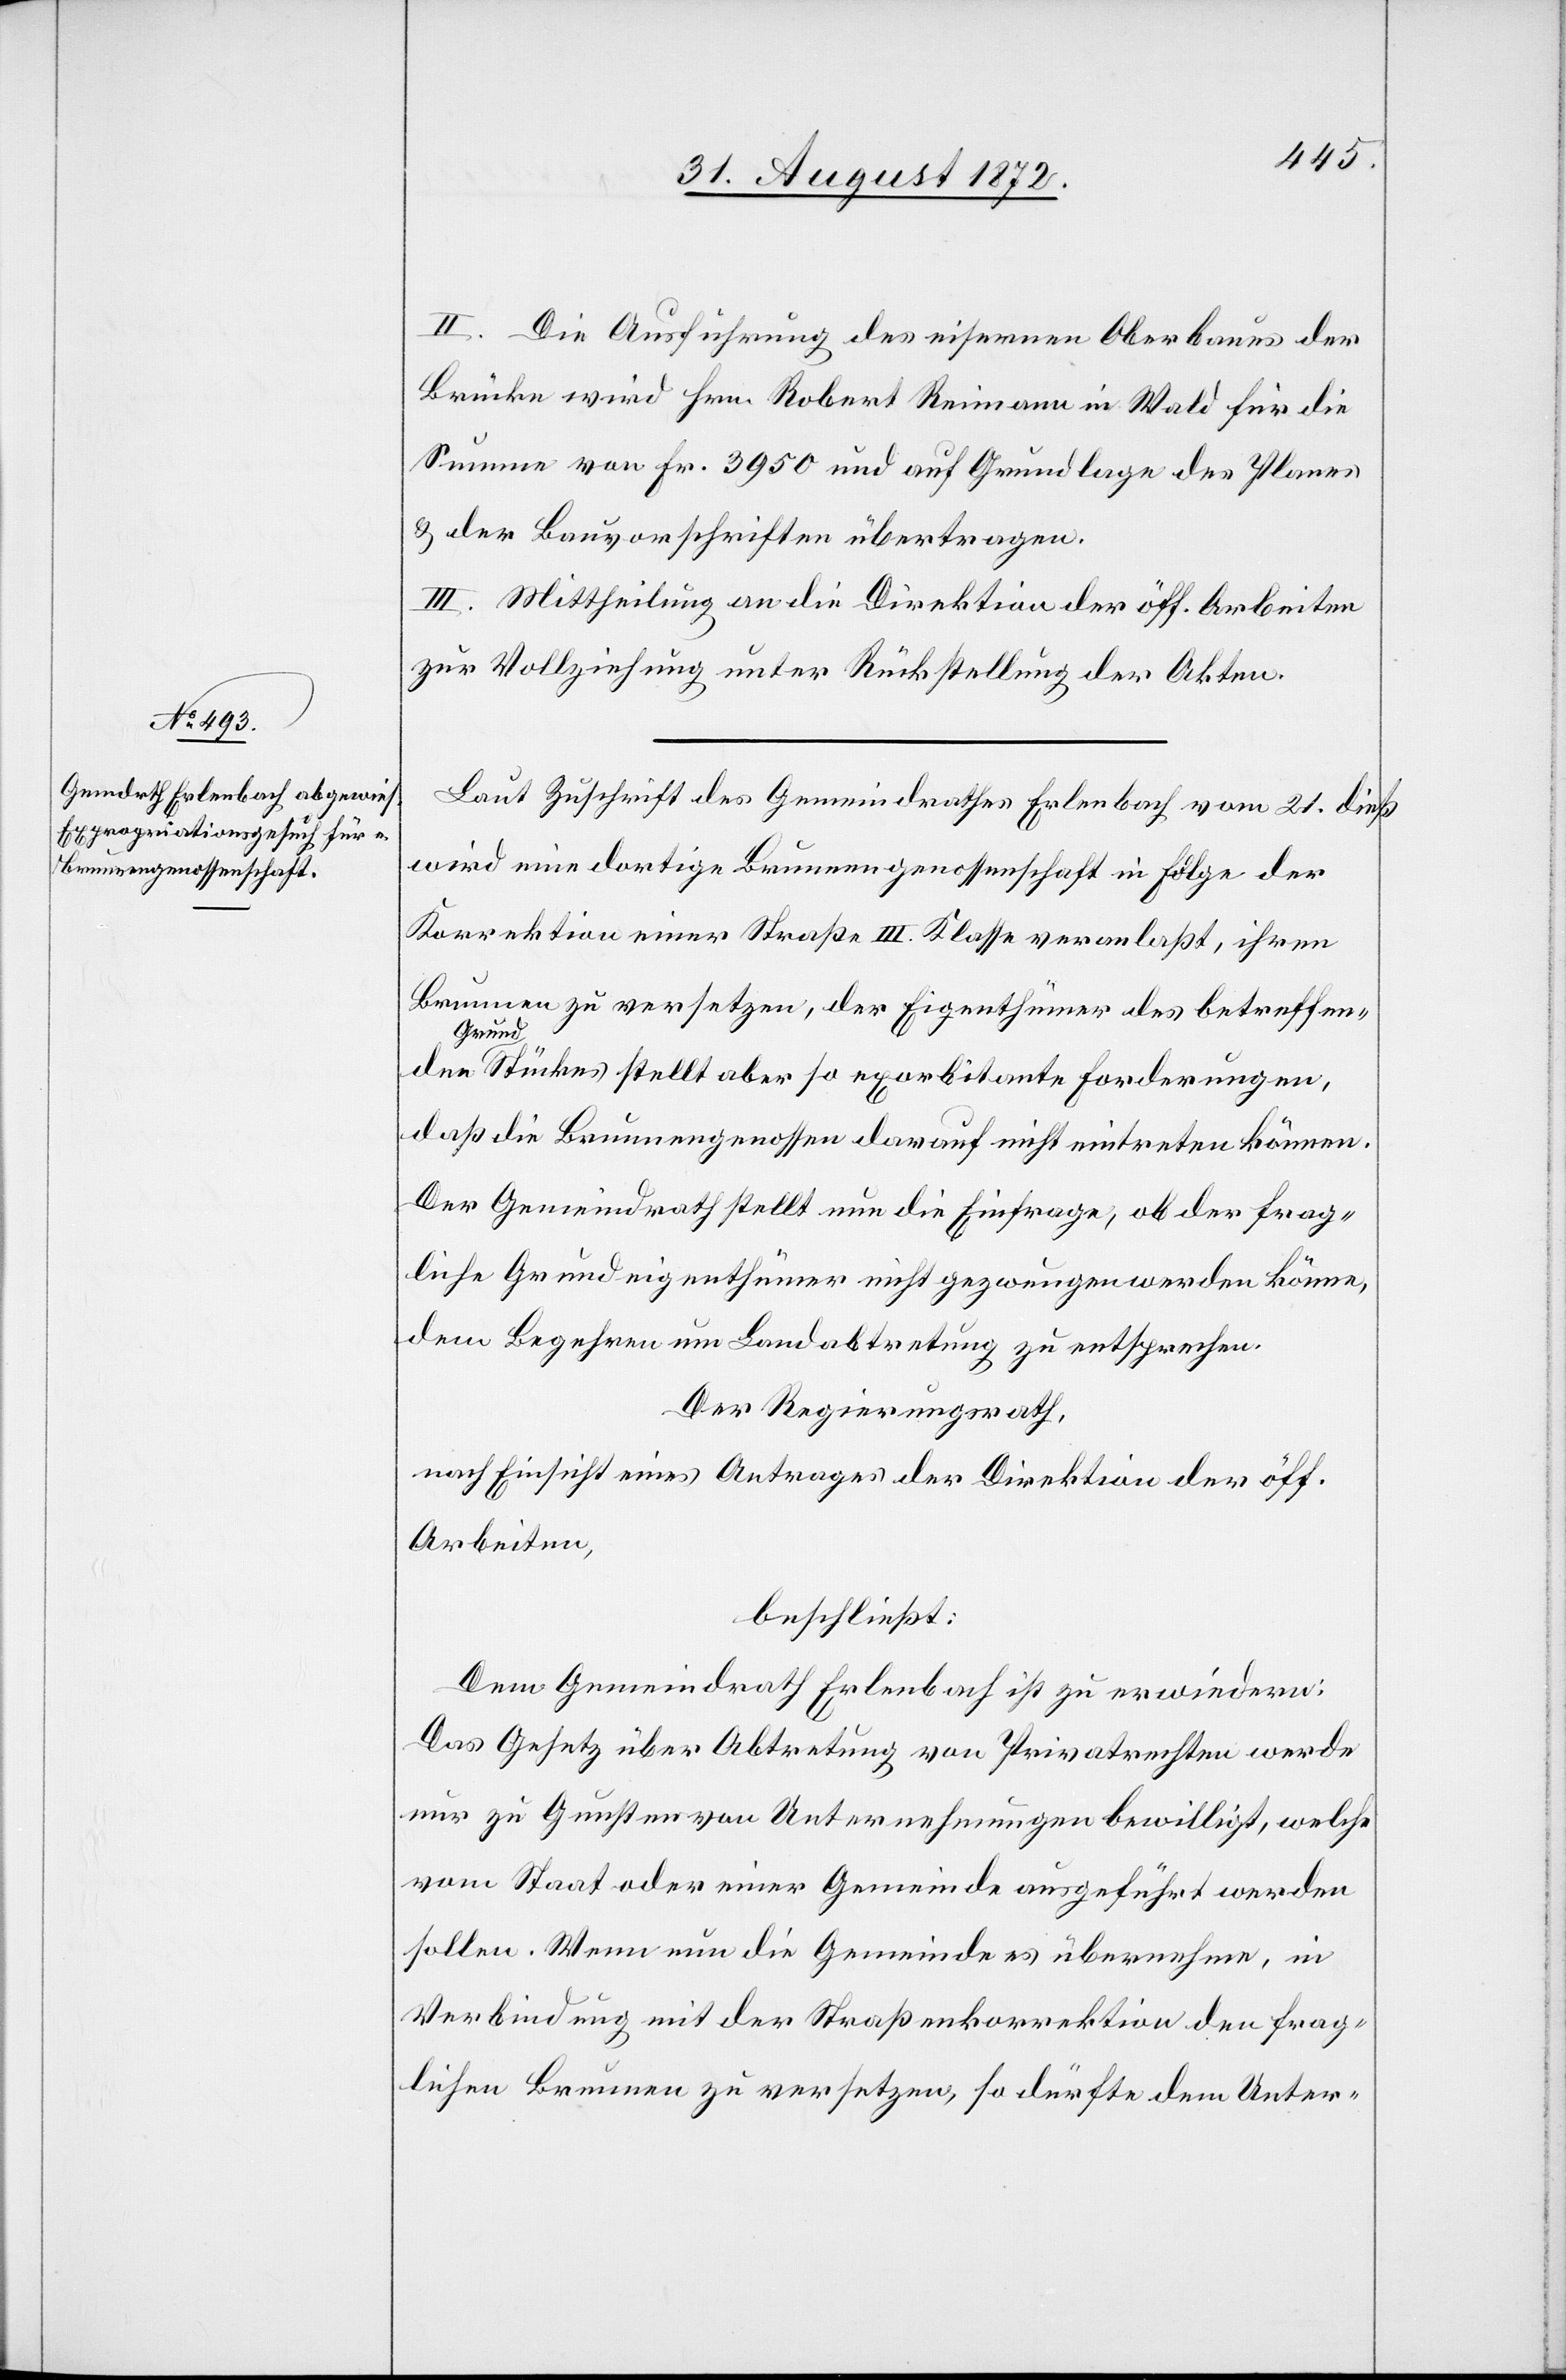
II. Die Ausführung des eisernen Oberbaues der
Brücke wird Hrn. Robert Reimann in Wald für die
Summe von Fr. 3950 und auf Grundlage des Planes
u. der Bauvorschriften übertragen.
III. Mittheilung an die Direktion der öff. Arbeiten
zur Vollziehung unter Rückstellung der Akten.
Laut Zuschrift des Gemeindrathes Erlenbach vom 21. dieß
wird eine dortige Brunnengenossenschaft in Folge der
Korrektion einer Straße III. Klasse veranlaßt, ihren
Brunnen zu versetzen, der Eigenthümer des betreffenden
Grun¬
dstückes stellt aber so exorbitante Forderungen,
daß die Brunnengenossen darauf nicht eintreten können.
Der Gemeindrath stellt nun die Einfrage, ob der frag¬
liche Grundeigenthümer nicht gezwungen werden könne,
dem Begehren um Landabtretung zu entsprechen.
Der Regierungsrath,
nach Einsicht eines Antrages der Direktion der öff.
Arbeiten,
beschließt:
Dem Gemeindrath Erlenbach ist zu erwiedern:
Das Gesetz über Abtretung von Privatrechten werde
nur zu Gunsten von Unternehmungen bewilligt, welche
vom Staat oder einer Gemeinde ausgeführt werden
sollen. Wenn nun die Gemeinde es übernehme, in
Verbindung mit der Straßenkorrektion den frag¬
lichen Brunnen zu versetzen, so dürfte dem Unter-